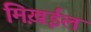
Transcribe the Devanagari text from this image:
मिख़ईल